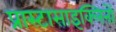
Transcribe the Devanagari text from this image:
प्रास्टासाइक्लिनों